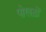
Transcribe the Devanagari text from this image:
पोखड़ों